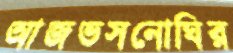
আজভসনোঘির